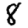
Digit: 8